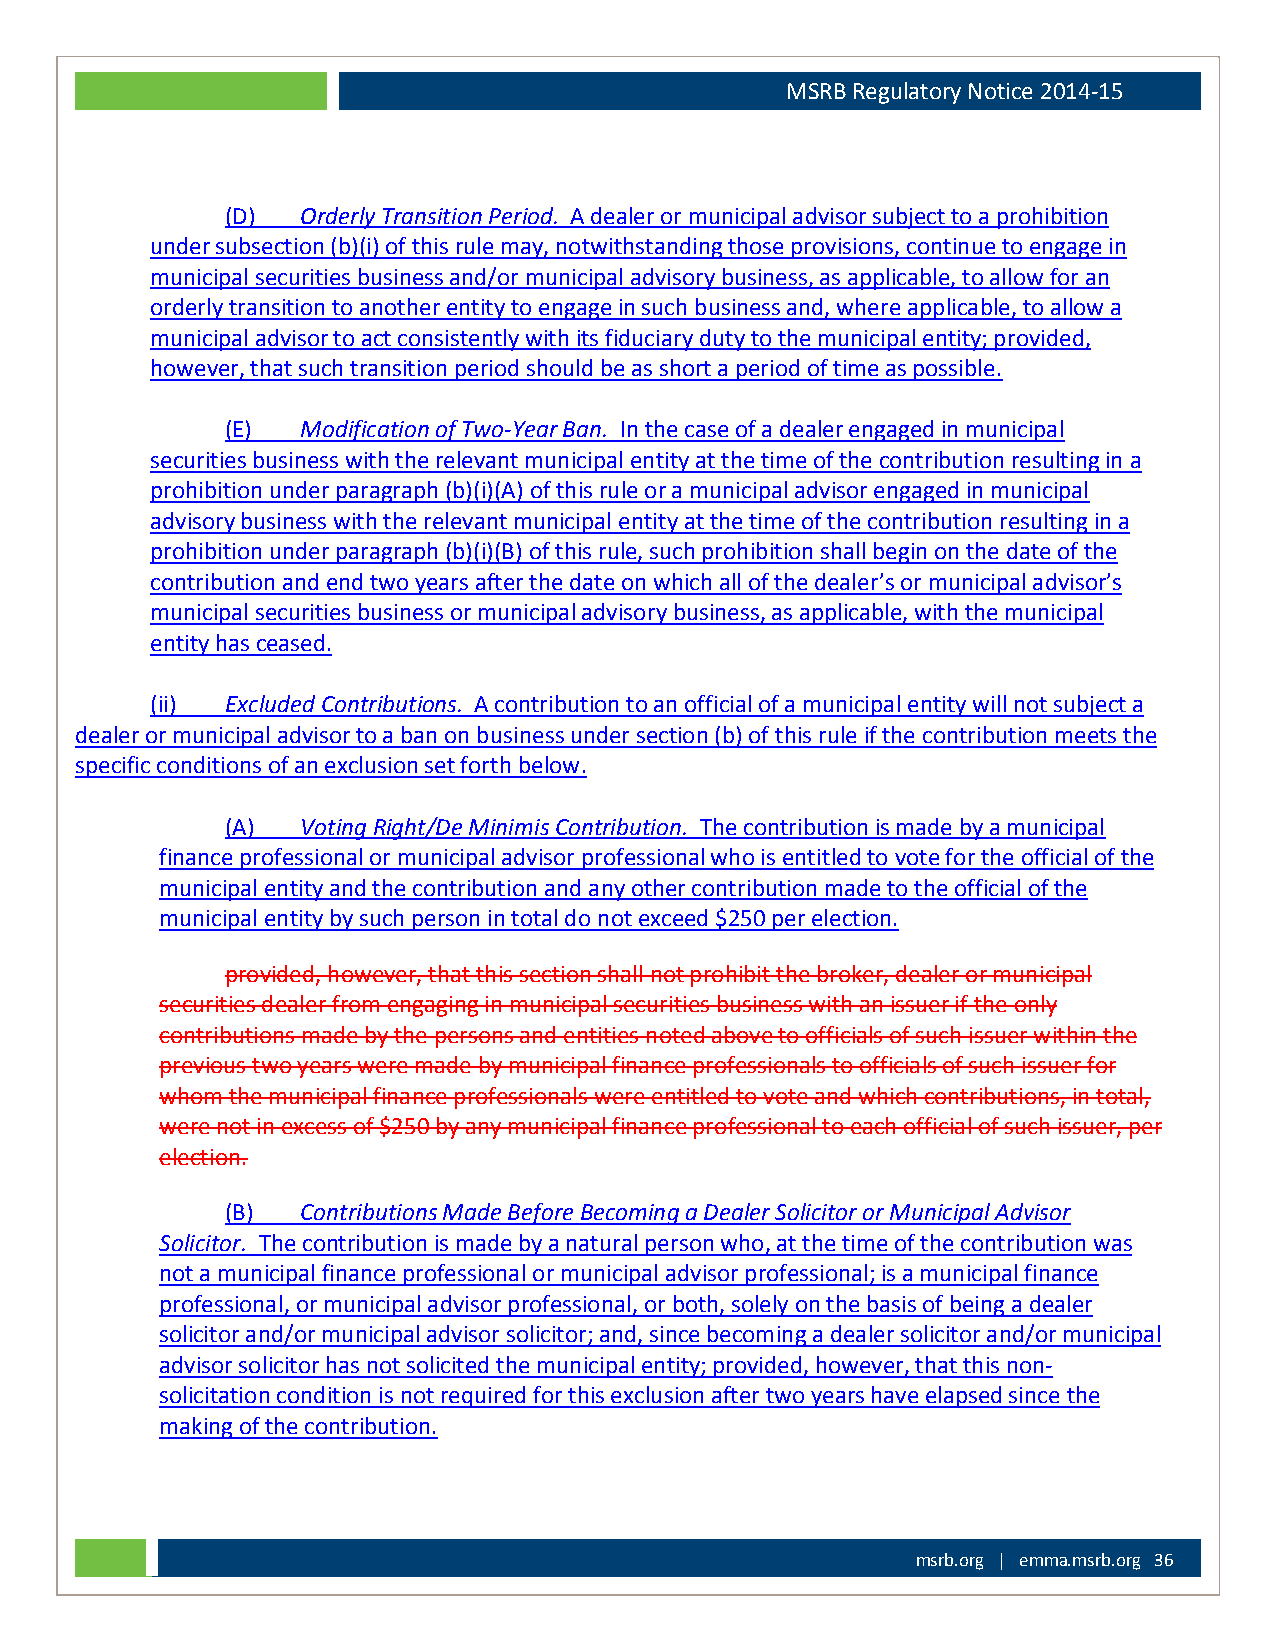
MSRB Regulatory Notice 2014-15
 (D)  Orderly Transition Period. A dealer or municipal advisor subject to a prohibition
 under subsection (b)(i) of this rule may, notwithstanding those provisions, continue to engage in
 municipal securities business and/or municipal advisory business, as applicable, to allow for an
 orderly transition to another entity to engage in such business and, where applicable, to allow a
 municipal advisor to act consistently with its fiduciary duty to the municipal entity; provided,
 however, that such transition period should be as short a period of time as possible.
 (E)  Modification of Two-Year Ban. In the case of a dealer engaged in municipal
 securities business with the relevant municipal entity at the time of the contribution resulting in a
 prohibition under paragraph (b)(i)(A) of this rule or a municipal advisor engaged in municipal
 advisory business with the relevant municipal entity at the time of the contribution resulting in a
 prohibition under paragraph (b)(i)(B) of this rule, such prohibition shall begin on the date of the
 contribution and end two years after the date on which all of the dealer’s or municipal advisor’s
 municipal securities business or municipal advisory business, as applicable, with the municipal
 entity has ceased.
 (ii) Excluded Contributions. A contribution to an official of a municipal entity will not subject a
 dealer or municipal advisor to a ban on business under section (b) of this rule if the contribution meets the
 specific conditions of an exclusion set forth below.
 (A)  Voting Right/De Minimis Contribution. The contribution is made by a municipal
 finance professional or municipal advisor professional who is entitled to vote for the official of the
 municipal entity and the contribution and any other contribution made to the official of the
 municipal entity by such person in total do not exceed $250 per election.
 provided, however, that this section shall not prohibit the broker, dealer or municipal
 securities dealer from engaging in municipal securities business with an issuer if the only
 contributions made by the persons and entities noted above to officials of such issuer within the
 previous two years were made by municipal finance professionals to officials of such issuer for
 whom the municipal finance professionals were entitled to vote and which contributions, in total,
 were not in excess of $250 by any municipal finance professional to each official of such issuer, per
 election.
 (B)  Contributions Made Before Becoming a Dealer Solicitor or Municipal Advisor
 Solicitor. The contribution is made by a natural person who, at the time of the contribution was
 not a municipal finance professional or municipal advisor professional; is a municipal finance
 professional, or municipal advisor professional, or both, solely on the basis of being a dealer
 solicitor and/or municipal advisor solicitor; and, since becoming a dealer solicitor and/or municipal
 advisor solicitor has not solicited the municipal entity; provided, however, that this non-
 solicitation condition is not required for this exclusion after two years have elapsed since the
 making of the contribution.
 msrb.org | emma.msrb.org 36